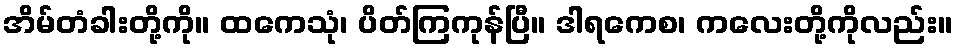
အိမ်တံခါးတို့ကို။ ထကေသုံ၊ ပိတ်ကြကုန်ပြီ။ ဒါရကေစ၊ ကလေးတို့ကိုလည်း။